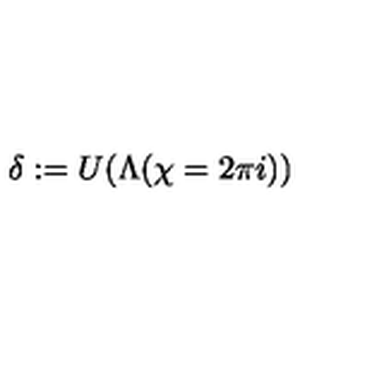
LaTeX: \delta : = U ( \Lambda ( \chi = 2 \pi i ) )